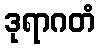
ဒုရာဂတံ